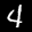
Label: 4